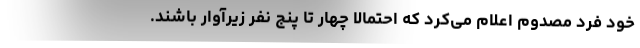
خود فرد مصدوم اعلام می‌کرد که احتمالا چهار تا پنج نفر زیرآوار باشند.